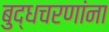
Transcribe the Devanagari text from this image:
बुद्धचरणांना